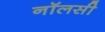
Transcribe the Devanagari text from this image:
नॉलसी